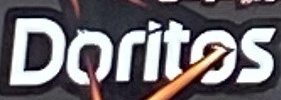
Doritos